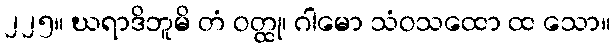
၂၂၅။ ဃရာဒိဘူမိ တံ ဝတ္ထု၊ ဂါမော သံဝသထော ထ သော။